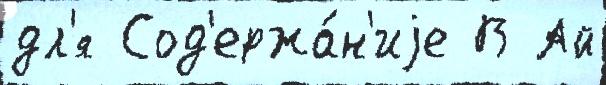
дл'я Сод'ержа́н'иjе В Ай